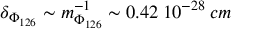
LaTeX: \delta _ { \Phi _ { 1 2 6 } } \sim m _ { \Phi _ { 1 2 6 } } ^ { - 1 } \sim 0 . 4 2 \: 1 0 ^ { - 2 8 } \: c m